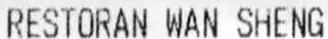
RESTORAN WAN SHENG